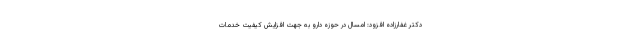
دکتر غفارزاده افزود: امسال در حوزه دارو به جهت افزایش کیفیت خدمات